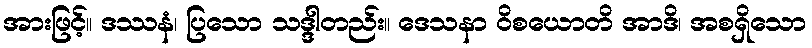
အားဖြင့်။ ဒဿနံ၊ ပြသော သဒ္ဒါတည်း။ ဒေသနာ ဝိစယောတိ အာဒိ၊ အစရှိသော